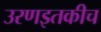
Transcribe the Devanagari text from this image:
उरणइतकीच